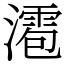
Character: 㵡